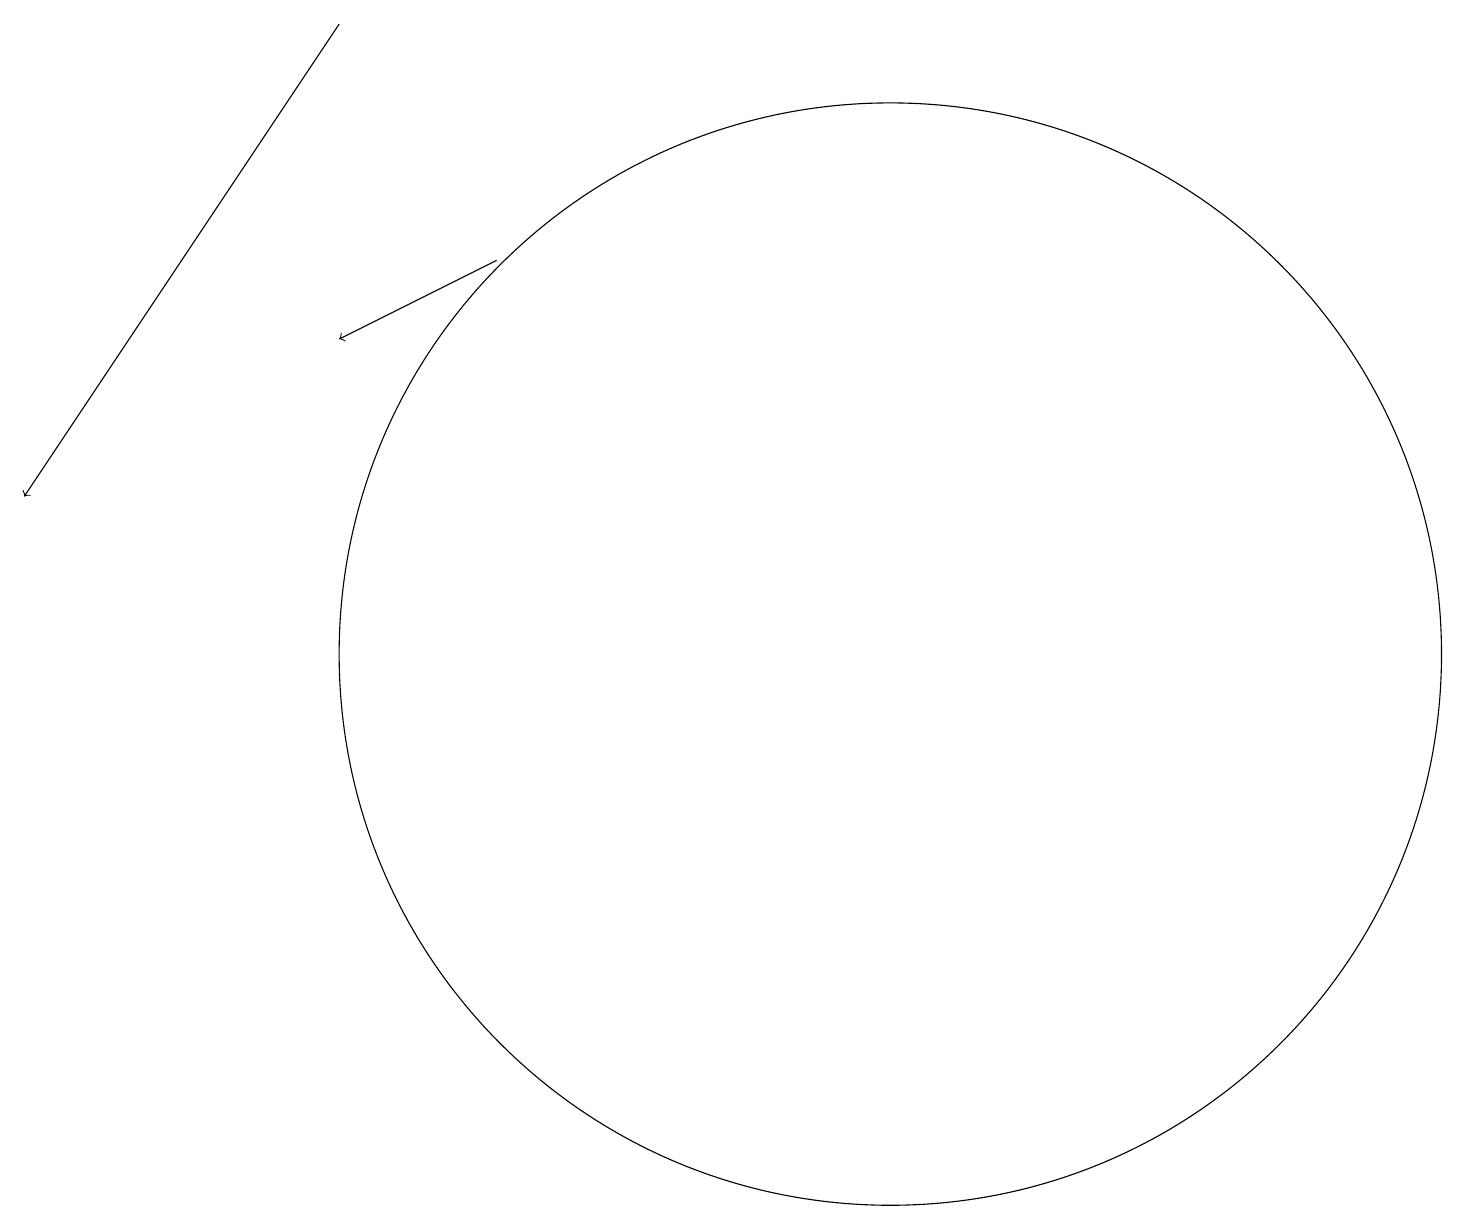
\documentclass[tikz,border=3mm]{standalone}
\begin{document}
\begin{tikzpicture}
\draw (11,10) circle (7);
\draw[->] (4,18) -- (0,12);
\draw[->] (6,15) -- (4,14);
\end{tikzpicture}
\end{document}